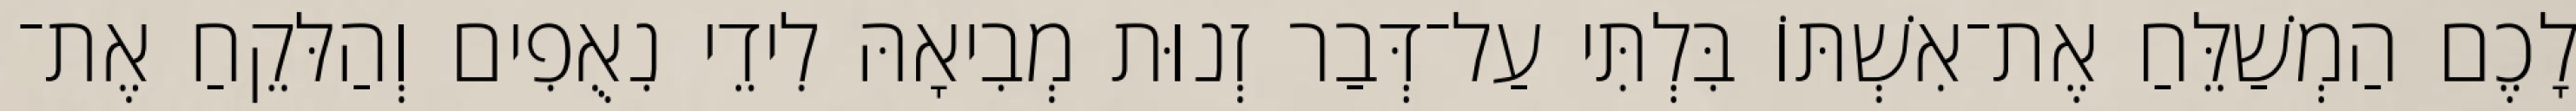
לָכֶם הַמְשַׁלֵּחַ אֶת־אִשְׁתּוֹ בִּלְתִּי עַל־דְּבַר זְנוּת מְבִיאָהּ לִידֵי נִאֻפִים וְהַלּקֵחַ אֶת־